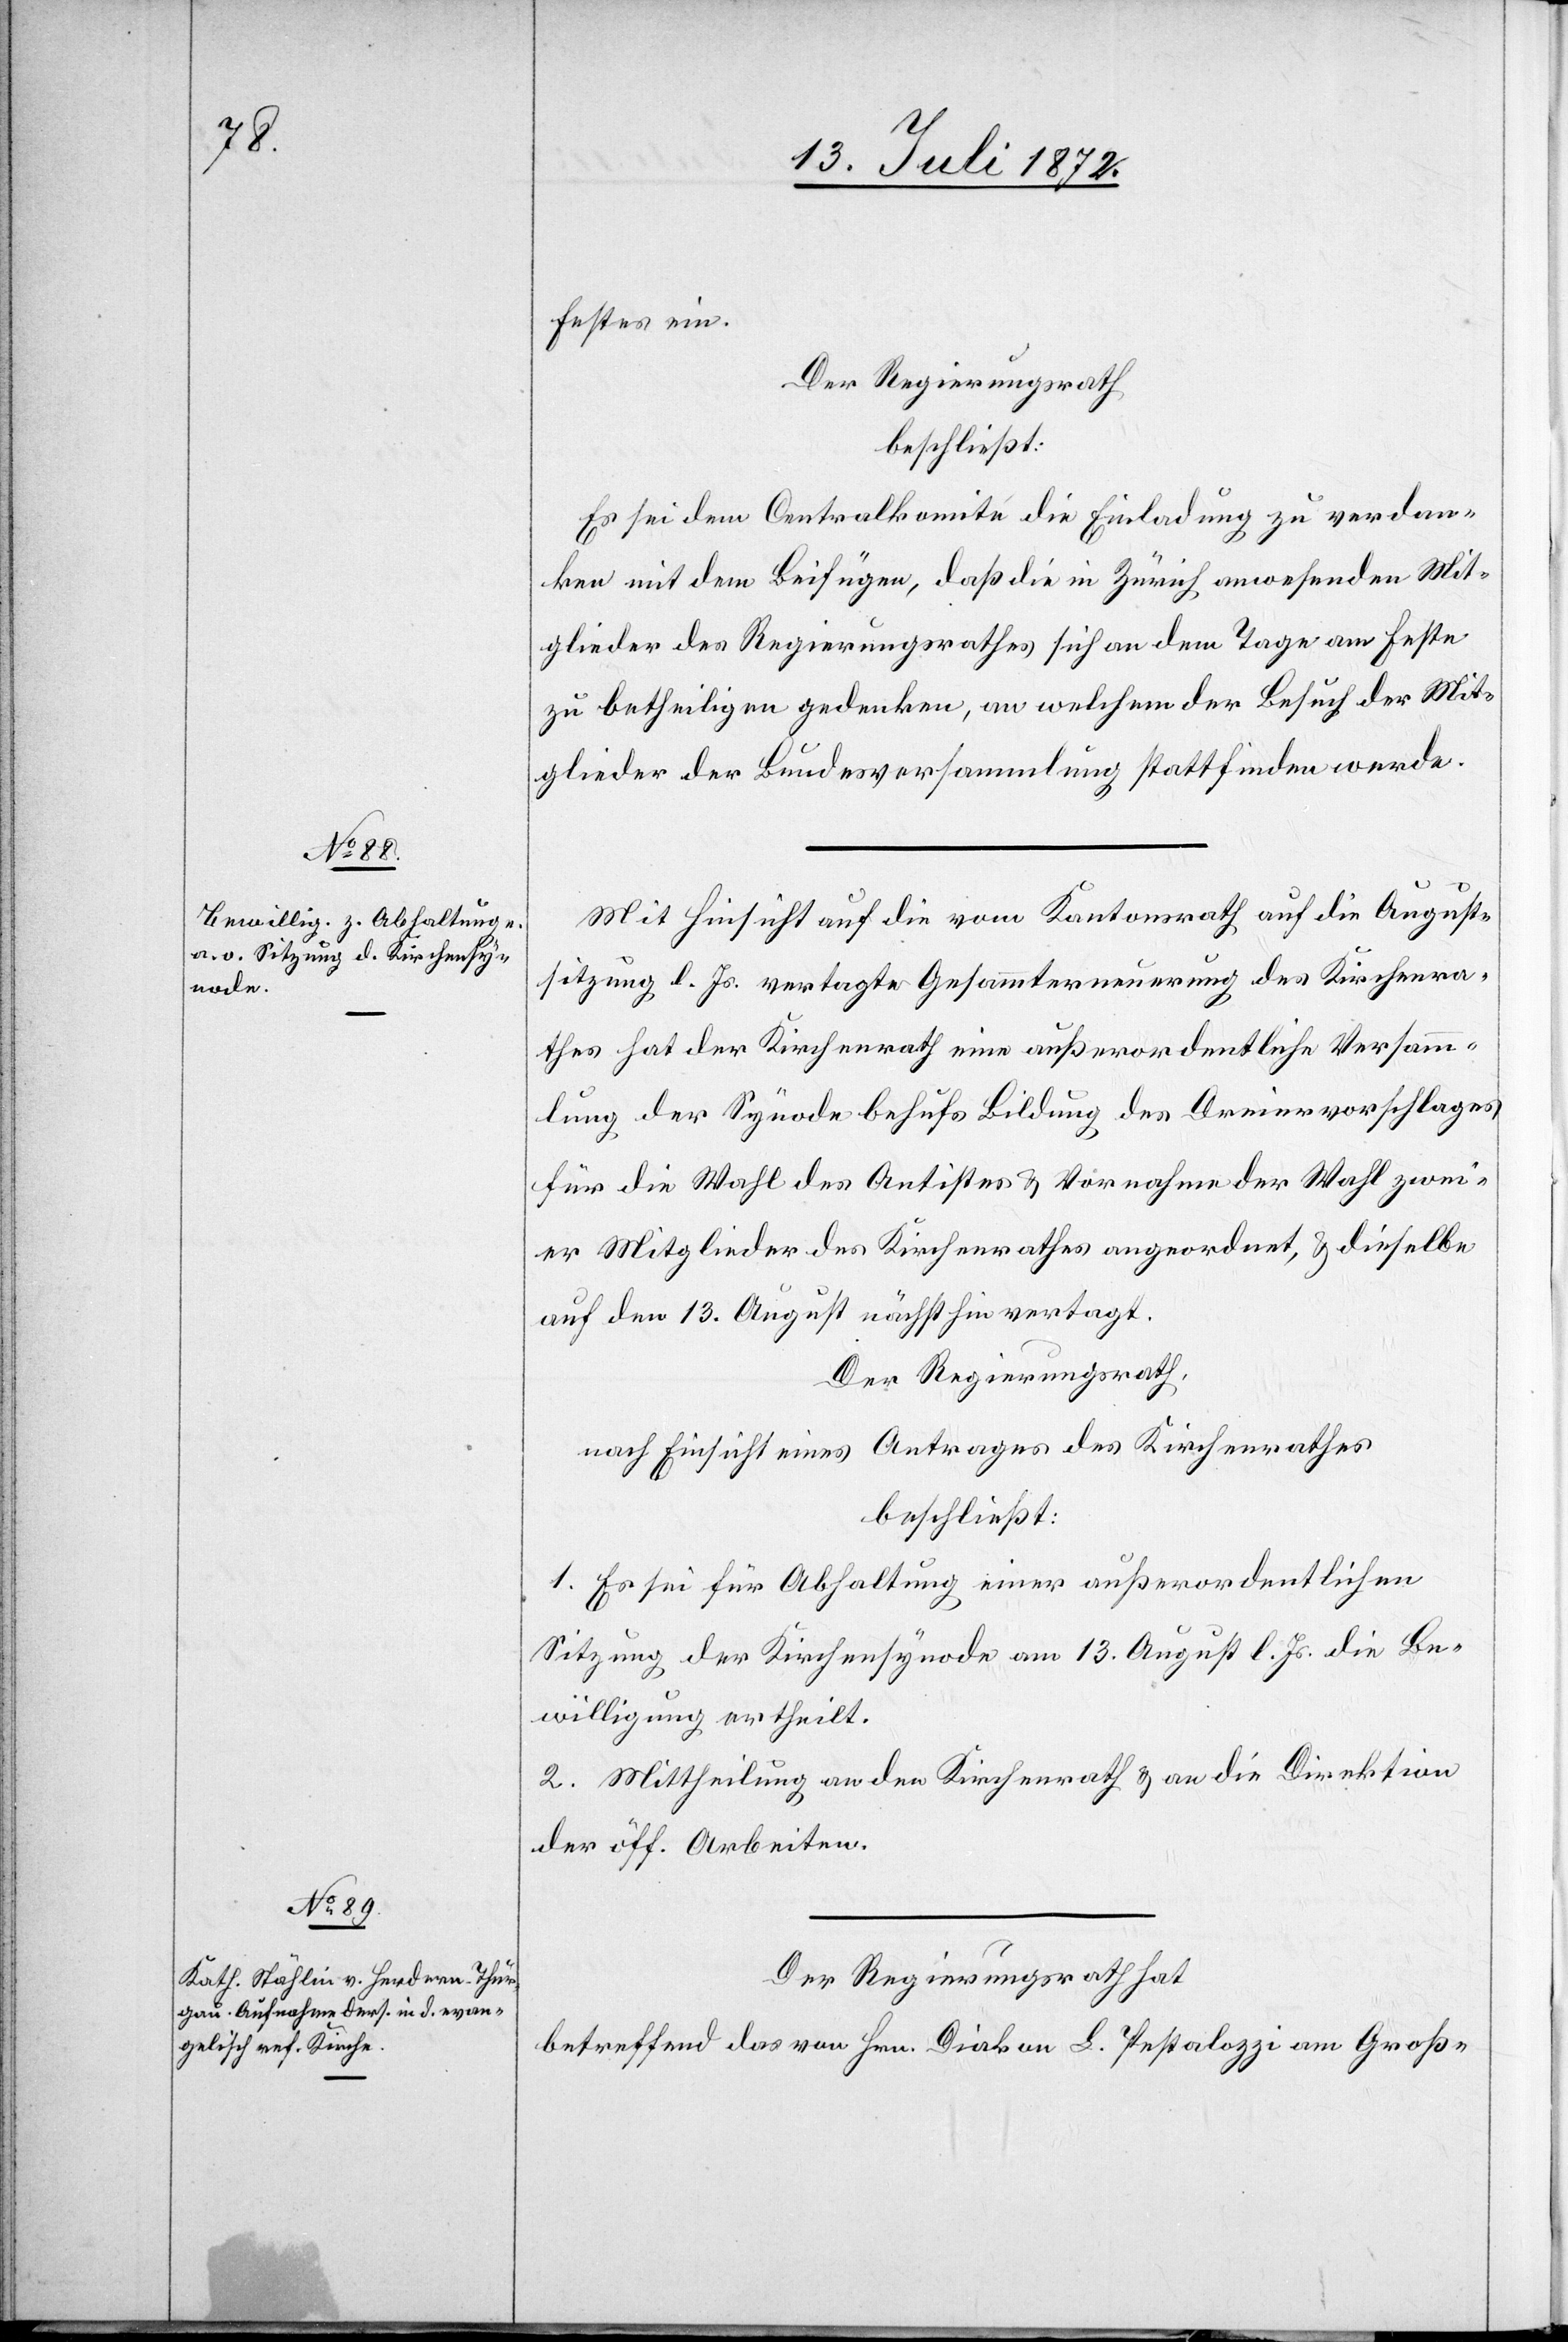
Festes ein.
Der Regierungsrath
beschließt:
Es sei dem Centralkomité die Einladung zu verdan¬
ken mit dem Beifügen, daß die in Zürich anwesenden Mit¬
glieder des Regierungsrathes sich an dem Tage am Feste
zu betheiligen gedenken, an welchem der Besuch der Mit¬
glieder der Bundesversammlung stattfinden werde.
Mit Hinsicht auf die vom Kantonsrath auf die August¬
sitzung l. Js. vertagte Gesammterneuerung des Kirchenra¬
thes hat der Kirchenrath eine außerordentliche Versamm¬
lung der Synode behufs Bildung des Dreiervorschlages
für die Wahl des Antistes u. Vornahme der Wahl zwei¬
er Mitglieder des Kirchenrathes angeordnet, u. dieselbe
auf den 13. August nächsthin vertagt.
Der Regierungsrath,
nach Einsicht eines Antrages des Kirchenrathes
beschließt:
1. Es sei für Abhaltung einer außerordentlichen
Sitzung der Kirchensynode am 13. August l. Js. die Be¬
willigung ertheilt.
2. Mittheilung an den Kirchenrath u. an die Direktion
der öff. Arbeiten.
Der Regierungsrath hat
betreffend das von Hrn. Diakon L. Pestalozzi am Groß-